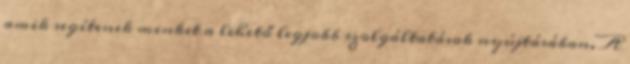
amik segítenek minket a lehető legjobb szolgáltatások nyújtásában. A